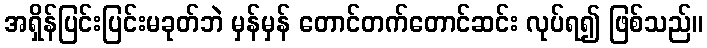
အရှိန်ပြင်းပြင်းမခုတ်ဘဲ မှန်မှန် တောင်တက်တောင်ဆင်း လုပ်ရ၍ ဖြစ်သည်။